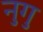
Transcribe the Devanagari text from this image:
नुगु